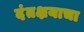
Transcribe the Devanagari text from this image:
दंतक्षयाचा